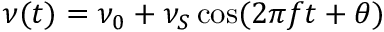
\nu ( t ) = \nu _ { 0 } + \nu _ { S } \cos ( 2 \pi f t + \theta )